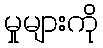
မှုများကို